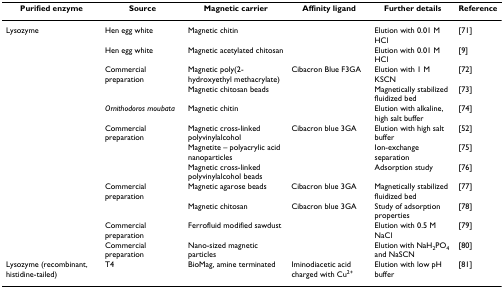
<table><thead><tr><td><b>Purified enzyme</b></td><td><b>Source</b></td><td><b>Magnetic carrier</b></td><td><b>Affinity ligand</b></td><td><b>Further details</b></td><td><b>Reference</b></td></tr></thead><tbody><tr><td>Lysozyme</td><td>Hen egg white</td><td>Magnetic chitin</td><td></td><td>Elution with 0.01 M HCl</td><td>[71]</td></tr><tr><td></td><td>Hen egg white</td><td>Magnetic acetylated chitosan</td><td></td><td>Elution with 0.01 M HCl</td><td>[9]</td></tr><tr><td></td><td>Commercial preparation</td><td>Magnetic poly(2-hydroxyethyl methacrylate)</td><td>Cibacron Blue F3GA</td><td>Elution with 1 M KSCN</td><td>[72]</td></tr><tr><td></td><td></td><td>Magnetic chitosan beads</td><td></td><td>Magnetically stabilized fluidized bed</td><td>[73]</td></tr><tr><td></td><td><i>Ornithodoros moubata</i></td><td>Magnetic chitin</td><td></td><td>Elution with alkaline, high salt buffer</td><td>[74]</td></tr><tr><td></td><td>Commercial preparation</td><td>Magnetic cross-linked polyvinylalcohol</td><td>Cibacron blue 3GA</td><td>Elution with high salt buffer</td><td>[52]</td></tr><tr><td></td><td></td><td>Magnetite – polyacrylic acid nanoparticles</td><td></td><td>Ion-exchange separation</td><td>[75]</td></tr><tr><td></td><td></td><td>Magnetic cross-linked polyvinylalcohol beads</td><td></td><td>Adsorption study</td><td>[76]</td></tr><tr><td></td><td>Commercial preparation</td><td>Magnetic agarose beads</td><td>Cibacron blue 3GA</td><td>Magnetically stabilized fluidized bed</td><td>[77]</td></tr><tr><td></td><td></td><td>Magnetic chitosan</td><td>Cibacron blue 3GA</td><td>Study of adsorption properties</td><td>[78]</td></tr><tr><td></td><td>Commercial preparation</td><td>Ferrofluid modified sawdust</td><td></td><td>Elution with 0.5 M NaCl</td><td>[79]</td></tr><tr><td></td><td>Commercial preparation</td><td>Nano-sized magnetic particles</td><td></td><td>Elution with NaH<sub>2</sub>PO<sub>4 </sub>and NaSCN</td><td>[80]</td></tr><tr><td>Lysozyme (recombinant, histidine-tailed)</td><td>T4</td><td>BioMag, amine terminated</td><td>Iminodiacetic acid charged with Cu<sup>2+</sup></td><td>Elution with low pH buffer</td><td>[81]</td></tr></tbody></table>